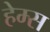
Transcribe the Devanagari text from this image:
हेम्‍स